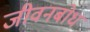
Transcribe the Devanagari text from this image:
जीवनबोध